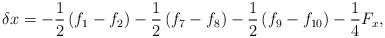
LaTeX: \begin{align*}\delta x = - \frac{1}{2}\left( {{f_1} - {f_2}} \right) - \frac{1}{2}\left( {{f_7} - {f_8}} \right) - \frac{1}{2}\left( {{f_9} - {f_{10}}} \right) - \frac{1}{4}{F_x},\end{align*}